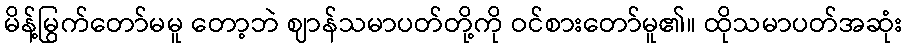
မိန့်မြွက်တော်မမူ တော့ဘဲ ဈာန်သမာပတ်တို့ကို ဝင်စားတော်မူ၏။ ထိုသမာပတ်အဆုံး